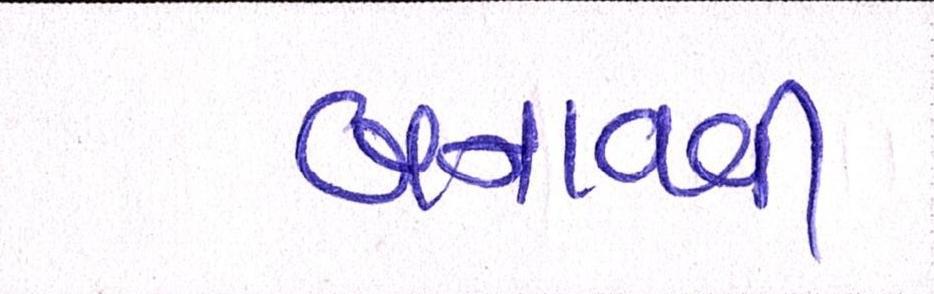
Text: બનાવવી